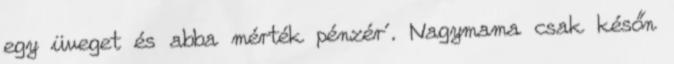
egy üveget és abba mérték pénzér´. Nagymama csak későn